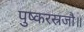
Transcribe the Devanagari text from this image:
पुष्करस्रजौ॥